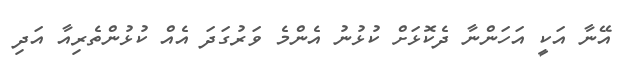
އޭނާ އަކީ އަހަންނާ ދެކޮޅަށް ކުޅުނު އެންމެ ވަރުގަދަ އެއް ކުޅުންތެރިއާ އަދި